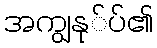
အကျွနု်ပ်၏